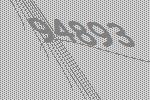
94893